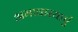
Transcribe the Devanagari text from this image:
अमावास्याएं